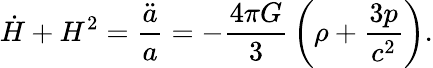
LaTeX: {\dot{H}}+H^{2}={\frac{\ddot{a}}{a}}=-{\frac{4\pi G}{3}}\left(\rho+{\frac{3p}{c^{2}}}\right).